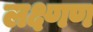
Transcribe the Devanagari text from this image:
लक्ष्णण